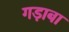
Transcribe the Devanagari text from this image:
गड़ाबा